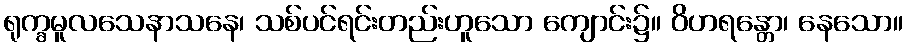
ရုက္ခမူလသေနာသနေ၊ သစ်ပင်ရင်းတည်းဟူသော ကျောင်း၌။ ဝိဟရန္တော၊ နေသော။